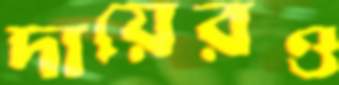
দায়েরও